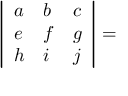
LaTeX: \begin{array} { r } { ~ ~ ~ ~ ~ ~ { \left| \begin{array} { l l l } { a } & { b } & { c } \\ { e } & { f } & { g } \\ { h } & { i } & { j } \end{array} \right| } = } \end{array}